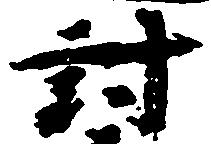
討